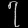
Digit: ၇